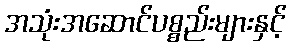
အသုံးအဆောင်ပစ္စည်းများနှင့်